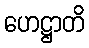
ဟေဋ္ဌာတိ